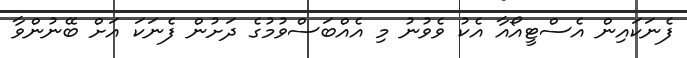
ފެނަކައިން އެސްޓީއޯއާ އެކު ވެވުނު މި އެއްބަސްވުމުގެ ދަށުން ފެނަކަ އަށް ބޭނުންވާ